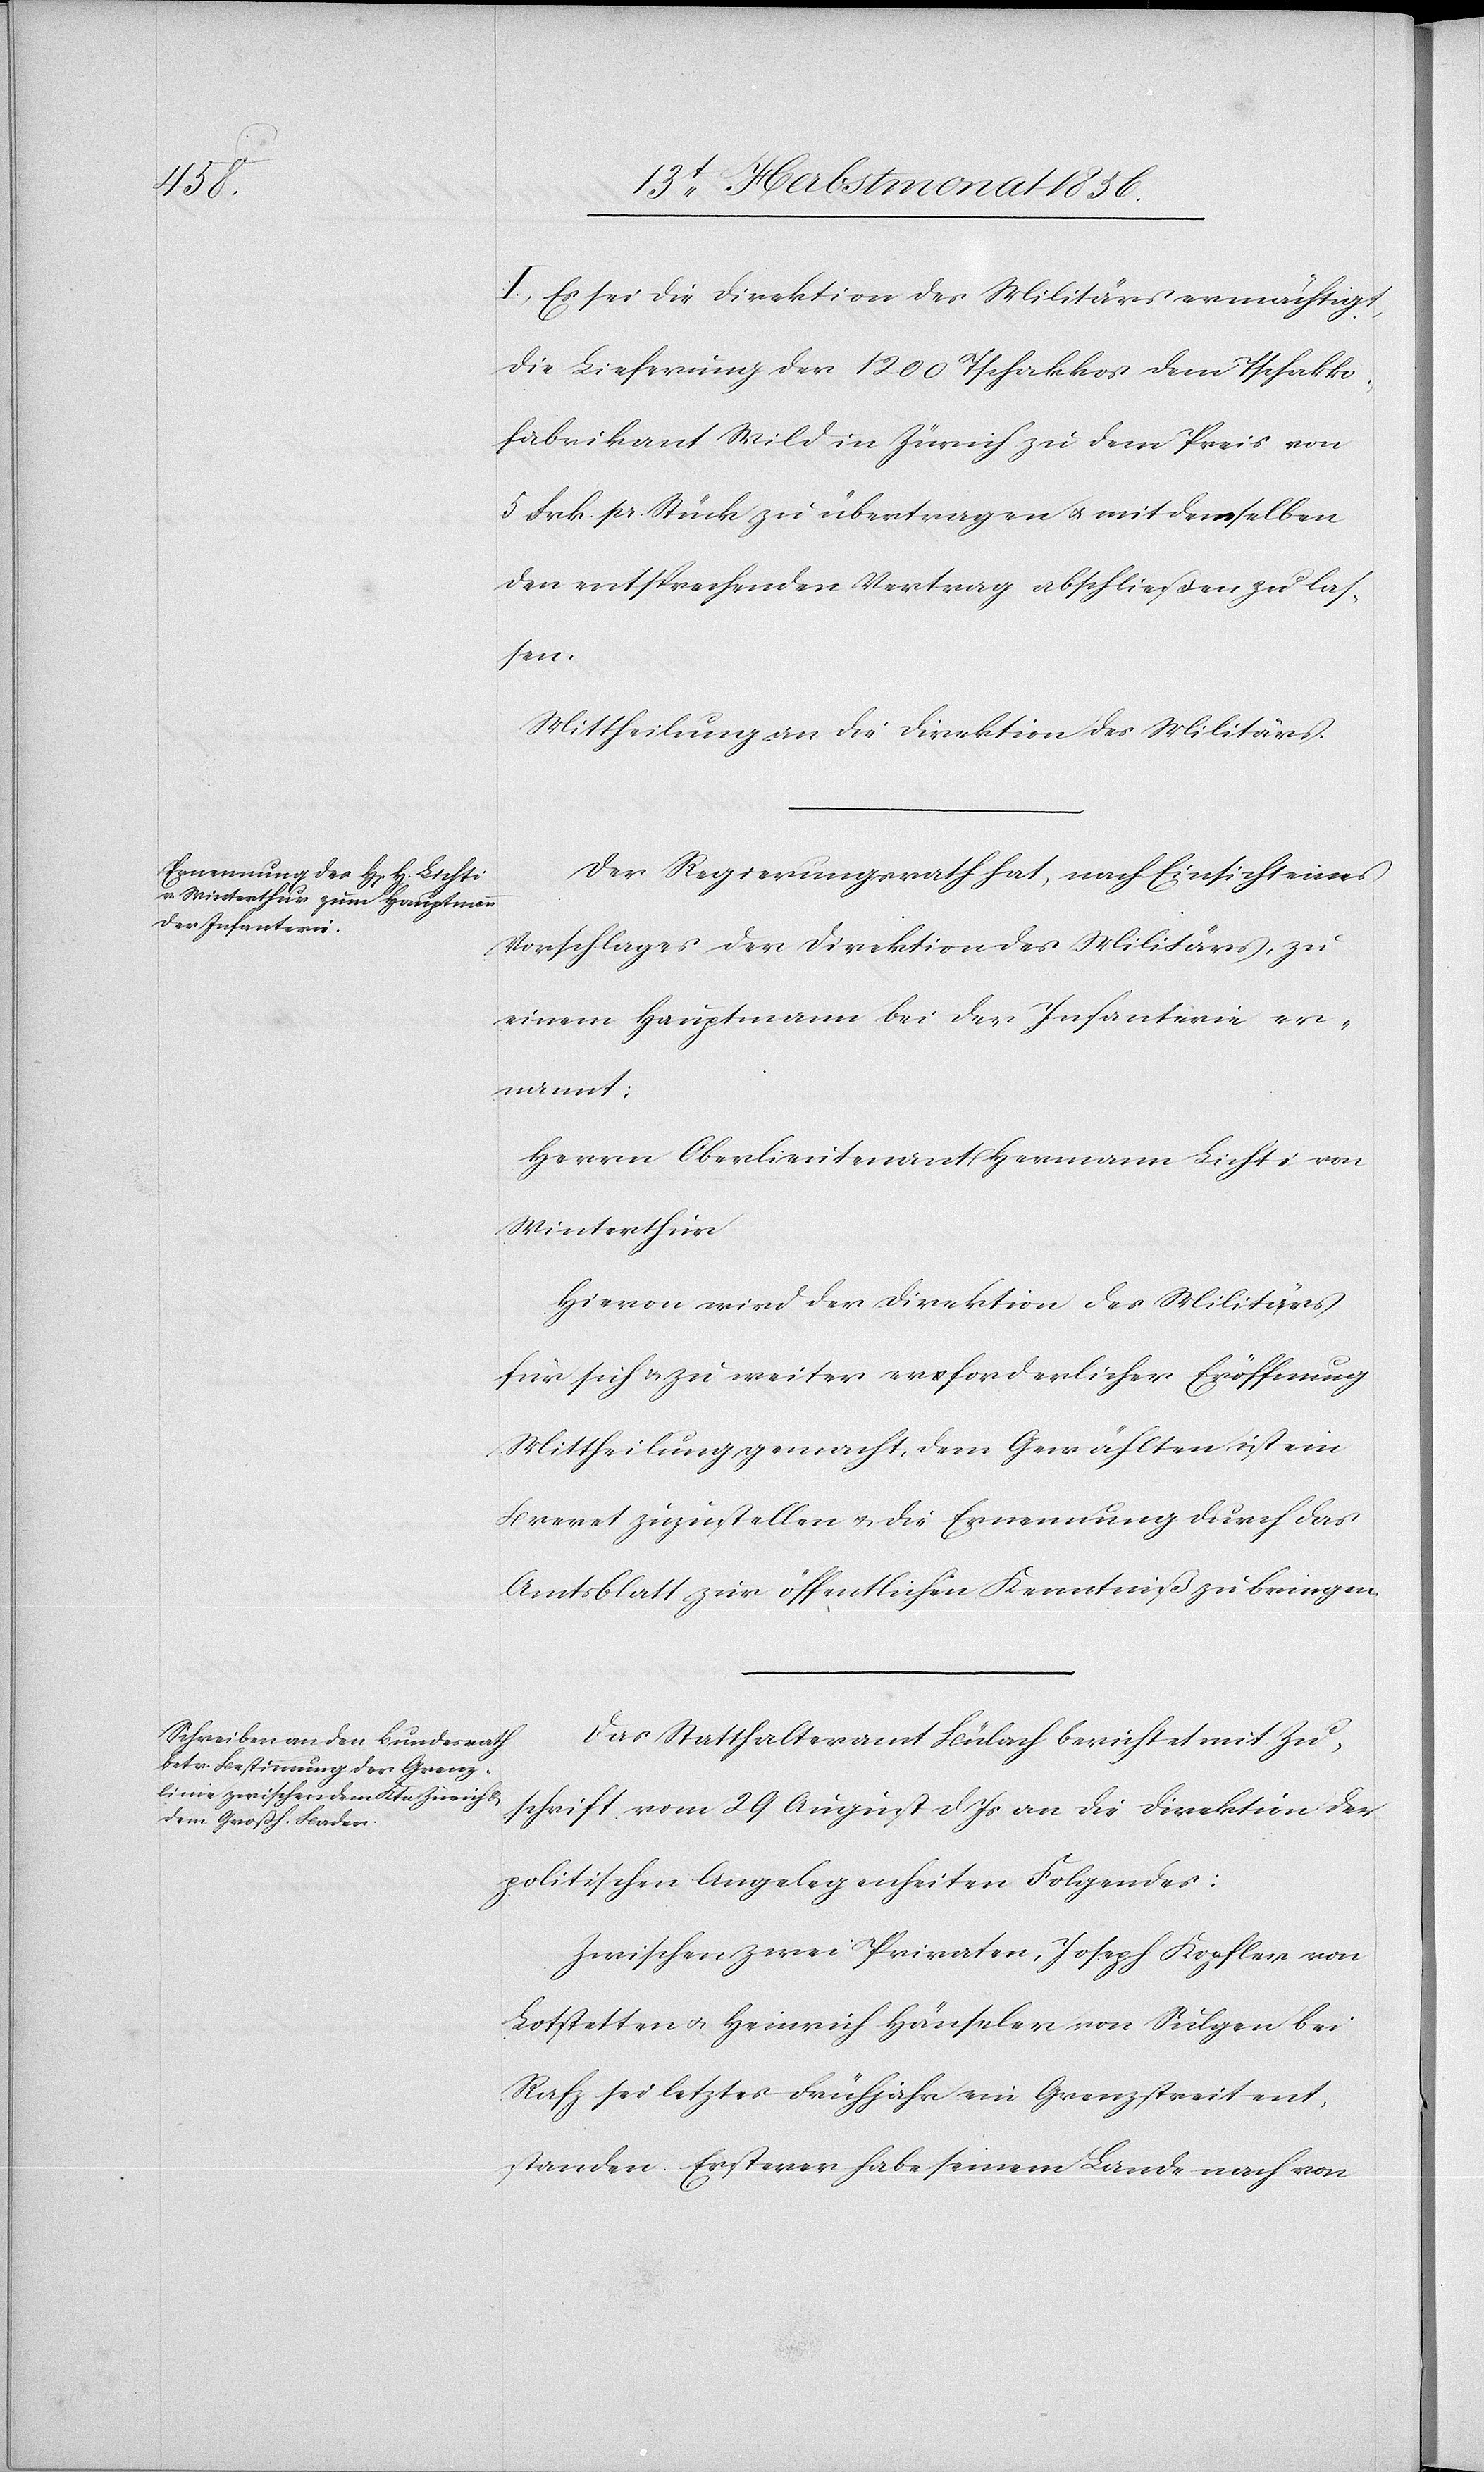
I.) Es sei die Direktion des Militärs ermächtigt,
die Lieferung der 1200 Tschakkos dem Tschakko¬
fabrikant Wild in Zürich zu dem Preis von
5 Frk. pr. Stück zu übertragen u. mit demselben
den entsprechenden Vertrag abschließen zu las¬
sen.
Mittheilung an die Direktion des Militärs.
Der Regierungsrath hat, nach Einsicht eines
Vorschlages der Direktion des Militärs, zu
einem Hauptmann bei der Infanterie er¬
nannt:
Herrn Oberlieutenant Hermann Lichti von
Winterthur.
Hievon wird der Direktion des Militärs
für sich u. zu weiter erforderlicher Eröffnung
Mittheilung gemacht, dem Gewählten ist ein
Brevet zuzustellen u. die Ernennung durch das
Amtsblatt zur öffentlichen Kenntniß zu bringen.
Das Statthalteramt Bülach berichtet mit Zu¬
schrift vom 29 August d Js an die Direktion der
politischen Angelegenheiten Folgendes:
Zwischen zwei Privaten, Joseph Kopfler von
Lotstetten u. Heinrich Hänseler von Sulgen bei
Rafz sei letztes Frühjahr ein Grenzstreit ent¬
standen. Ersterer habe seinem Lande nach von